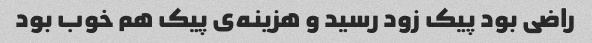
راضی بود پیک زود رسید و هزینه‌ی پیک هم خوب بود